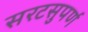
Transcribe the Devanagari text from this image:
सरटसुपर्ण